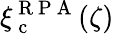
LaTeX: \xi_{\mathrm{~c~}}^{\mathrm{~R~P~A~}}(\zeta)